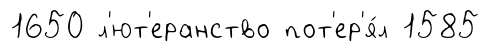
1650 л'ют'еранство пот'ер'я́л 1585